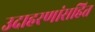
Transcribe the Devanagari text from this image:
उदाहरणांसहित